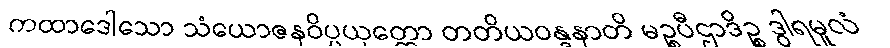
ကထာဒေါသော သံယောဇနဝိပ္ပယုတ္တော တတိယဝန္ဒနာတိ မဉ္စပီဌာဒိဉ္စ ဒွါရမူလံ